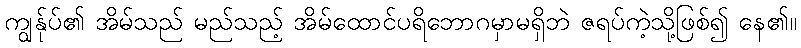
ကျွန်ုပ်၏ အိမ်သည် မည်သည့် အိမ်ထောင်ပရိဘောဂမှာမရှိဘဲ ဇရပ်ကဲ့သို့ဖြစ်၍ နေ၏။